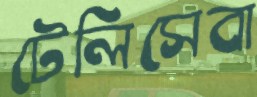
টেলিসেবা